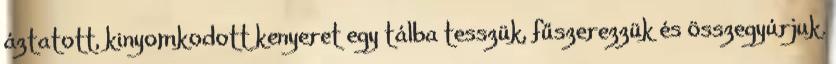
áztatott, kinyomkodott kenyeret egy tálba tesszük, fűszerezzük és összegyúrjuk.